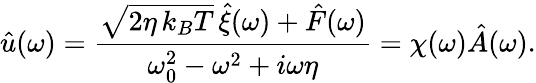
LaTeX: \hat{u}(\omega)=\frac{\sqrt{2\eta\, k_{B}T}\, \hat{\xi}(\omega)+\hat{F}(\omega)}{\omega_{0}^{2}-\omega^{2}+i\omega\eta}=\chi(\omega)\hat{A}(\omega).